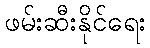
ဖမ်းဆီးနိုင်ရေး